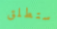
ستطلق